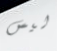
ليس